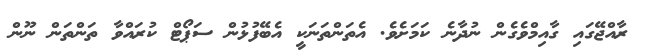
ރާއްޖޭގައި ގާއިމްވެގެން ނުދާނެ ކަމަށެވެ. އެތަންތަނަކީ އެބޭފުޅުން ސަޕޯޓް ކުރައްވާ ތަންތަން ނޫން